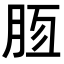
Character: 𣍭